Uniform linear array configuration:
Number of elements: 8
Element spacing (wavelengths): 0.5
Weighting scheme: kaiser
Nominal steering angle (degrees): -30
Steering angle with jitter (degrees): -29.962
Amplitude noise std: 0.05
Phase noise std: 0.05

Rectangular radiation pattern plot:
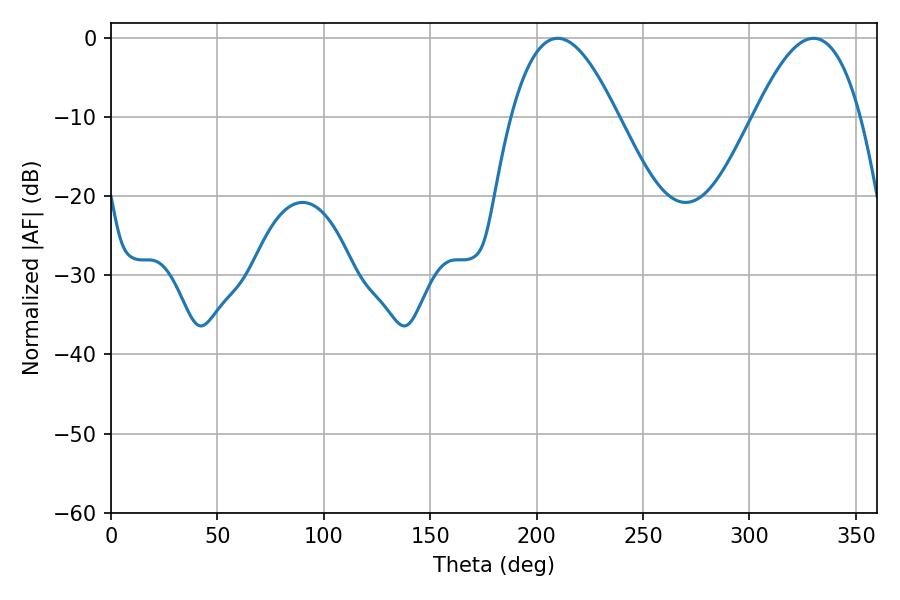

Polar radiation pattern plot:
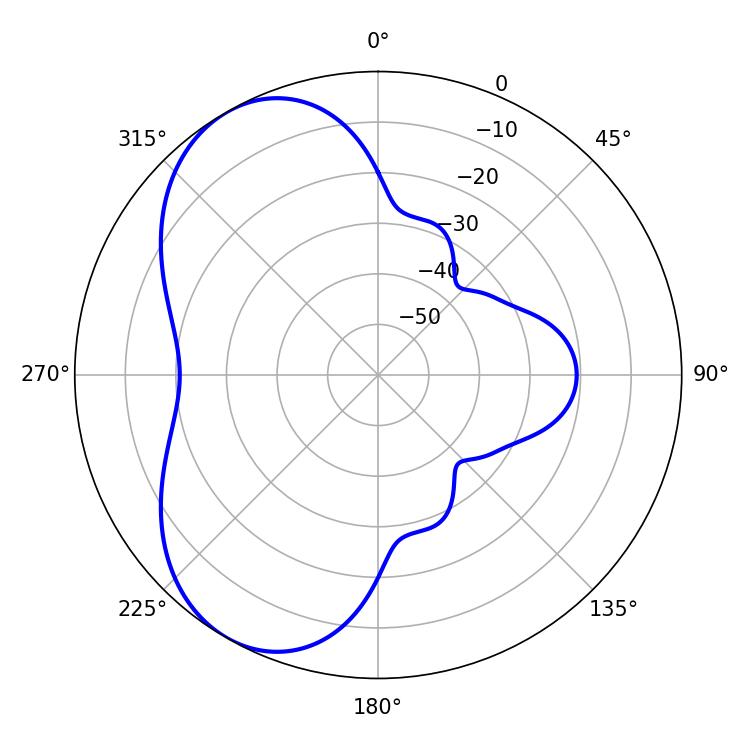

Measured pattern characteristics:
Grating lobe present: FALSE
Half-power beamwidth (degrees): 27.18
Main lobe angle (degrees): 209.88